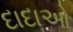
દાદાઓ